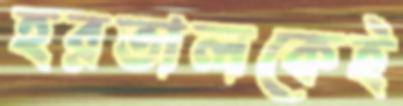
হরতালকেই